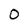
Character: 0